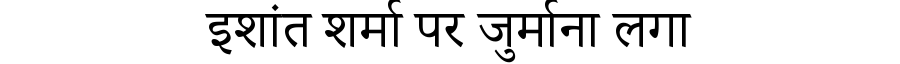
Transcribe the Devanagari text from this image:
इशांत शर्मा पर जुर्माना लगा